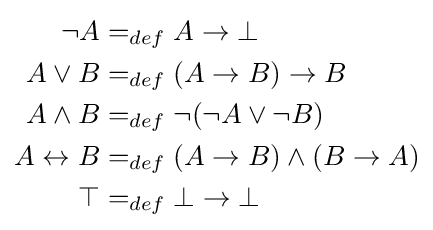
{\begin{aligned}\neg A&=_{def}A\rightarrow \bot \\A\vee B&=_{def}(A\rightarrow B)\rightarrow B\\A\wedge B&=_{def}\neg (\neg A\vee \neg B)\\A\leftrightarrow B&=_{def}(A\rightarrow B)\wedge (B\rightarrow A)\\\top &=_{def}\bot \rightarrow \bot \end{aligned}}